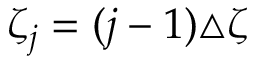
\zeta _ { j } = ( j - 1 ) \triangle \zeta